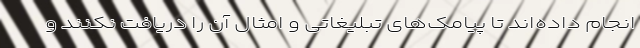
انجام داده‌اند تا پیامک‌های تبلیغاتی و امثال آن را دریافت نکنند و